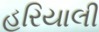
હરિયાલી